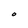
Character: O